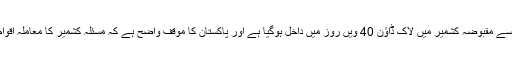
ترجمان دفتر خارجہ نے کہا کہ بھارت کی جانب سے مقبوضہ کشمیر میں لاک ڈاؤن 40 ویں روز میں داخل ہوگیا ہے اور پاکستان کا موقف واضح ہے کہ مسئلہ کشمیر کا معاملہ اقوام متحدہ کی قرار دادوں کے مطابق حل ہونا چاہیے۔